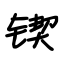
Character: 锲